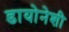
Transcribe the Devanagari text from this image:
डायोनेशी